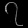
Digit: ၇